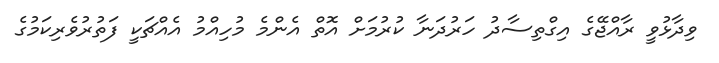
ވިދާޅުވީ ރާއްޖޭގެ އިގްތިސާދު ހަރުދަނާ ކުރުމަށް އޮތް އެންމެ މުހިއްމު އެއްޗަކީ ފަތުރުވެރިކަމުގެ